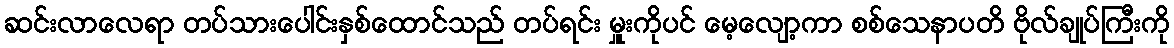
ဆင်းလာလေရာ တပ်သားပေါင်းနှစ်ထောင်သည် တပ်ရင်း မှူးကိုပင် မေ့လျော့ကာ စစ်သေနာပတိ ဗိုလ်ချုပ်ကြီးကို